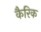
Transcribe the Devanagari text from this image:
कैरिक